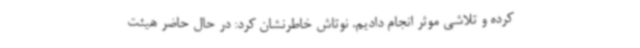
کرده و تلاشی موثر انجام دادیم. نوتاش خاطرنشان کرد: در حال حاضر هیئت